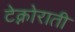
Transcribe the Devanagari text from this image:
टेक्नोराती